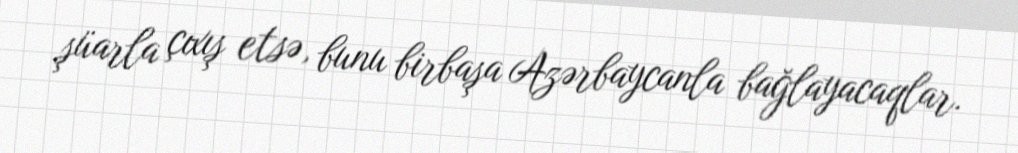
şüarla çıxış etsə, bunu birbaşa Azərbaycanla bağlayacaqlar.